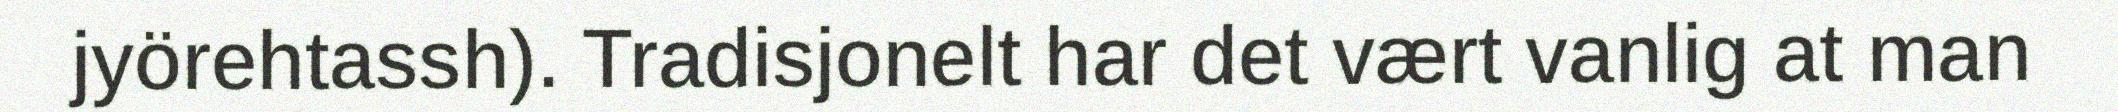
jyörehtassh). Tradisjonelt har det vært vanlig at man